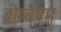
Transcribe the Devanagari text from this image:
बोम्बैएम